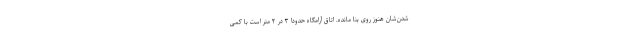
شدن‌شان هنوز روی بنا مانده. اتاق آرامگاه حدودا ۳ در ۲ متر است با کمی